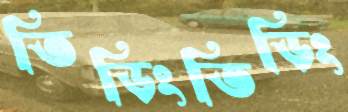
তিড়িংতিড়িং